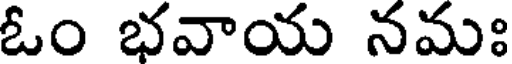
ఓం భవాయ నమః